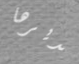
تديرها